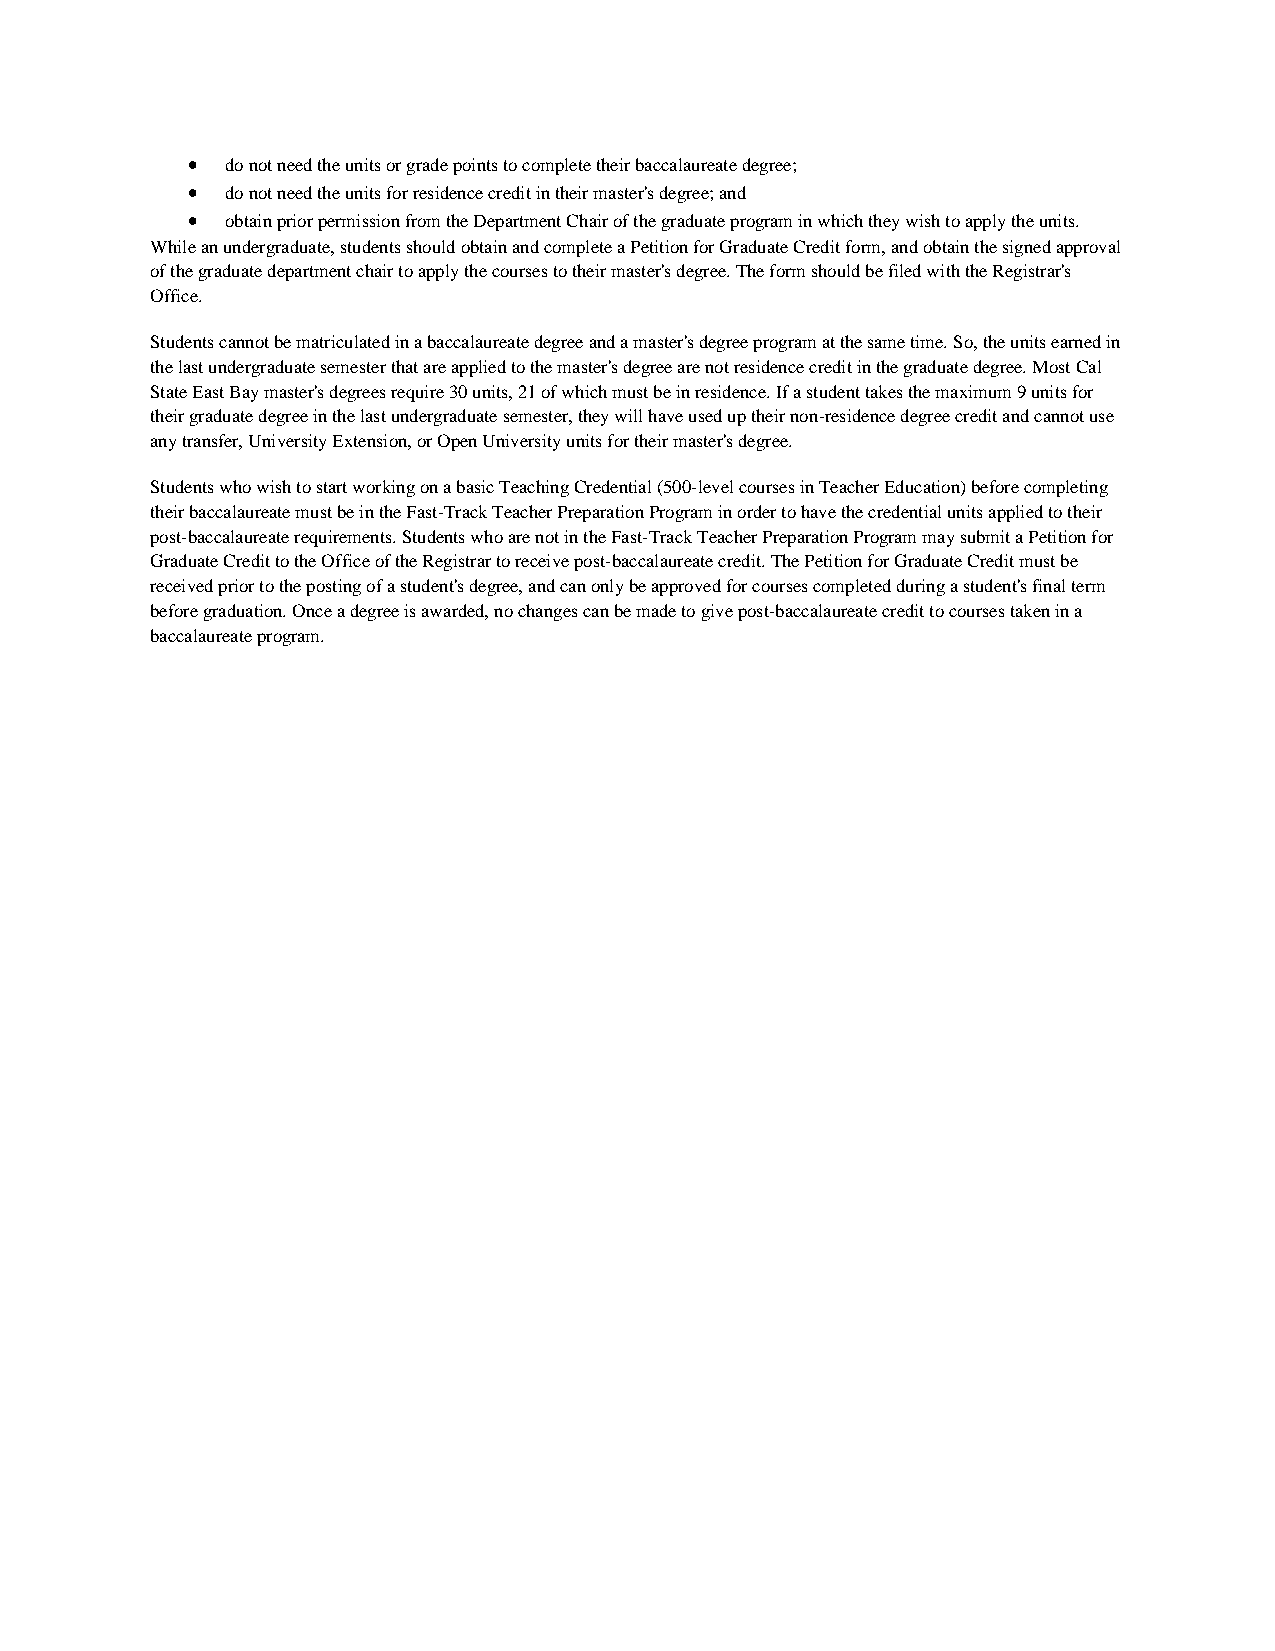
•  do not need the units or grade points to complete their baccalaureate degree;
 •  do not need the units for residence credit in their master's degree; and
 •  obtain prior permission from the Department Chair of the graduate program in which they wish to apply the units.
 While an undergraduate, students should obtain and complete a Petition for Graduate Credit form, and obtain the signed approval
 of the graduate department chair to apply the courses to their master's degree. The form should be filed with the Registrar's
 Office.
 Students cannot be matriculated in a baccalaureate degree and a master's degree program at the same time. So, the units earned in
 the last undergraduate semester that are applied to the master's degree are not residence credit in the graduate degree. Most Cal
 State East Bay master's degrees require 30 units, 21 of which must be in residence. If a student takes the maximum 9 units for
 their graduate degree in the last undergraduate semester, they will have used up their non-residence degree credit and cannot use
 any transfer, University Extension, or Open University units for their master's degree.
 Students who wish to start working on a basic Teaching Credential (500-level courses in Teacher Education) before completing
 their baccalaureate must be in the Fast-Track Teacher Preparation Program in order to have the credential units applied to their
 post-baccalaureate requirements. Students who are not in the Fast-Track Teacher Preparation Program may submit a Petition for
 Graduate Credit to the Office of the Registrar to receive post-baccalaureate credit. The Petition for Graduate Credit must be
 received prior to the posting of a student's degree, and can only be approved for courses completed during a student's final term
 before graduation. Once a degree is awarded, no changes can be made to give post-baccalaureate credit to courses taken in a
 baccalaureate program.